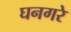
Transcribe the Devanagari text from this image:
घनगरे